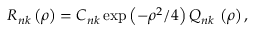
R _ { n k } \left( \rho \right) = C _ { n k } \exp \left( - \rho ^ { 2 } / 4 \right) Q _ { n k } \, \left( \rho \right) ,